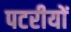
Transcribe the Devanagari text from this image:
पटरीयों